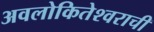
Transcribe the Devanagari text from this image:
अवलोकितेश्वराची